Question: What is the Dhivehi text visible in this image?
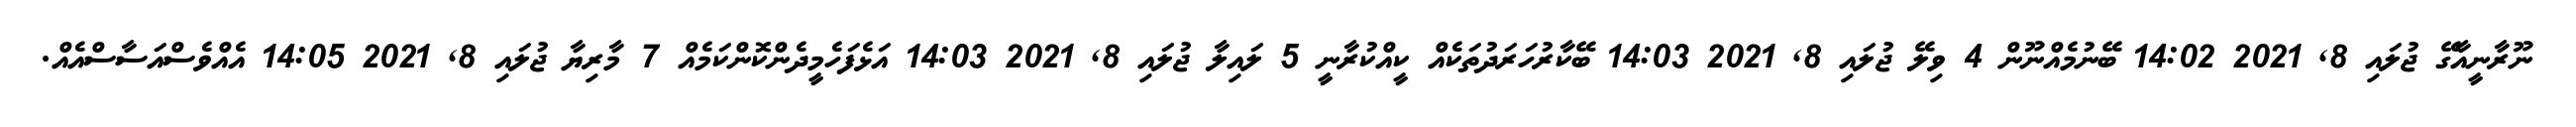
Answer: ނޫރާނީއާގޭ ޖުލައި 8, 2021 14:02 ބޭނުމެއްނޫން 4 ވިލޭ ޖުލައި 8, 2021 14:03 ބޭކާރުހަރަދުތަކެއް ކީއްކުރާނީ 5 ލައިލާ ޖުލައި 8, 2021 14:03 އަޅެފަހެމީދެންކޮންކަމެއް 7 މާރިޔާ ޖުލައި 8, 2021 14:05 އެއްވެސްއަސާސްއެއް.